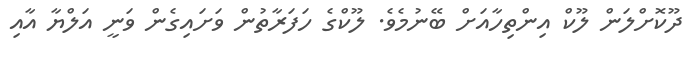
ދޫކޮށްލަން ލޫކް އިންތިހާއަށް ބޭނުމެވެ. ލޫކްގެ ހަފަރާތުން ވަށައިގެން ވަނީ އަލްޔާ އާއި